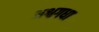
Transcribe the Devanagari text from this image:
अश्वगधा